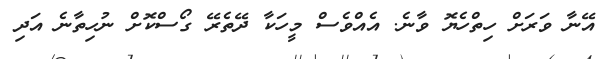
އޭނާ ވަރަށް ހިތްހެޔޮ ވާނެ. އެއްވެސް މީހަކާ ދޭތެރޭ ގޯސްކޮށް ނުހިތާނެ އަދި